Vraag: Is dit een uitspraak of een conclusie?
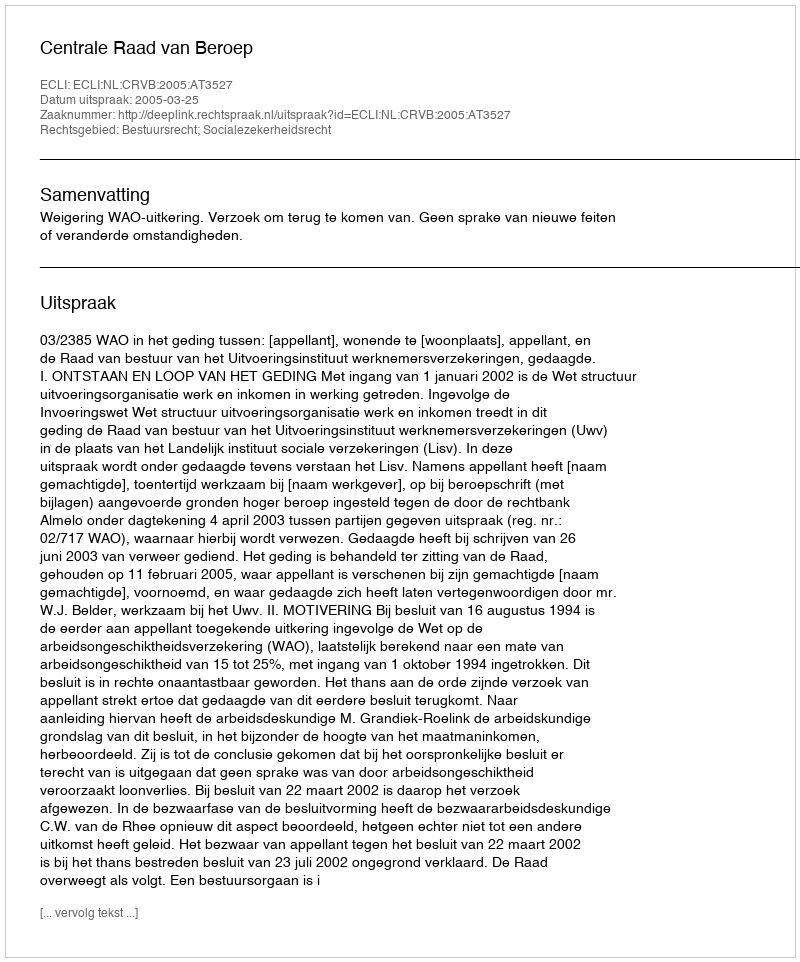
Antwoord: Uitspraak